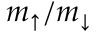
m _ { \uparrow } / m _ { \downarrow }